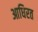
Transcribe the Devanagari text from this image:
आधिरत